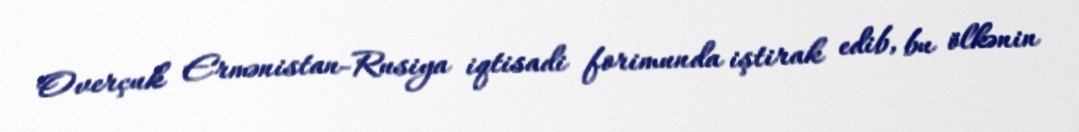
Overçuk Ermənistan-Rusiya iqtisadi forimunda iştirak edib, bu ölkənin